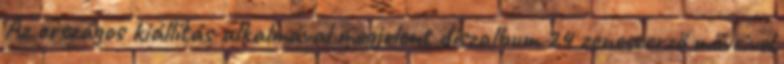
Az országos kiállítás alkalmával megjelent díszalbum 24 zeneszerző műveivel